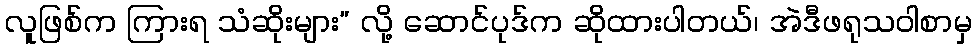
လူဖြစ်က ကြားရ သံဆိုးများ” လို့ ဆောင်ပုဒ်က ဆိုထားပါတယ်၊ အဲဒီဖရုသဝါစာမှ